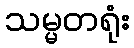
သမ္မတရုံး